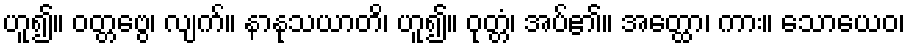
ဟူ၍။ ဝတ္တဗွေ၊ လျက်။ နာနုသယာတိ၊ ဟူ၍။ ဝုတ္တံ၊ အပ်၏။ အတ္ထော၊ ကား။ သောယေဝ၊